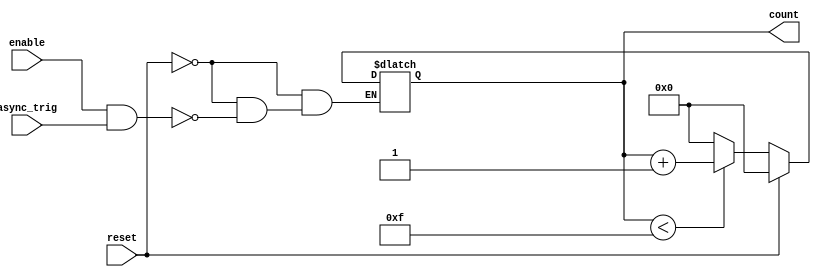
module dynamic_asynchronous_counter #(
    parameter N = 16 // Maximum count value (adjust as necessary)
)(
    input wire enable,    // Asynchronous enable input
    input wire reset,     // Asynchronous reset input
    input wire async_trig,// Asynchronous trigger input for counting
    output reg [N-1:0] count // Current count value output
);

    // Calculate the number of bits required for the counter
    localparam COUNTER_BITS = $clog2(N);

    // Initial count state
    initial begin
        count = 0;
    end

    // Asynchronous reset and enable logic
    always @* begin
        if (reset) begin
            count = 0; // Reset counter to 0
        end else if (enable && async_trig) begin
            if (count < N - 1) begin
                count = count + 1; // Increment the counter
            end else begin
                count = 0; // Wrap around to 0 after reaching max count
            end
        end
    end

endmodule